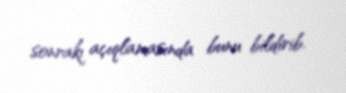
sonrakı açıqlamasında bunu bildirib.